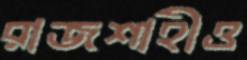
রাজশাহীও